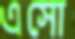
এসো